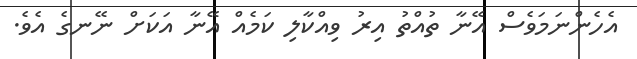
އެހެންނަމަވެސް އޭނާ ތުއްތު އިރު ވިއްކާލި ކަމެއް އޭނާ އަކަށް ނޭނގެ އެވެ.